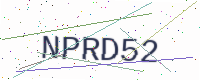
Text: NPRD52